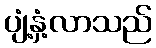
ပျံ့နှံ့လာသည်